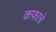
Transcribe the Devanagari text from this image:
कफाचे